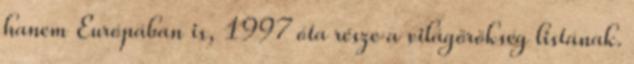
hanem Európában is, 1997 óta része a világörökség listának.